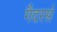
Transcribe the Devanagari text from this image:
गैदरर्स